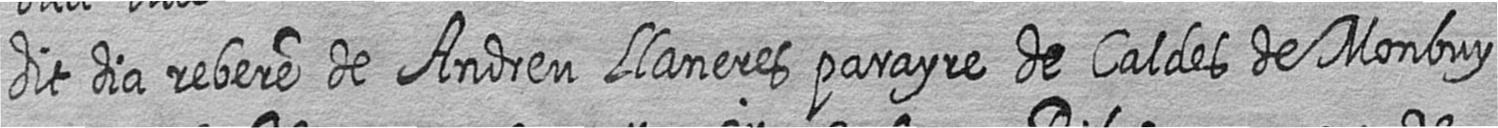
dit dia rebere de Andreu Llaneres parayre de Caldes de Monbuy